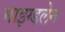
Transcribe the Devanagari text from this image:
माइग्डलेन